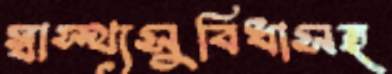
স্বাস্থ্যসুবিধাসহ